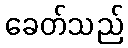
ခေတ်သည်